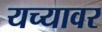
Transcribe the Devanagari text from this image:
यच्यावर